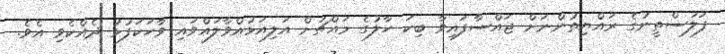
ފަލަސްތީނުގެ ރައްޔިތުންނަށް ޖައްސާފައިވާ ބިކަ ހާލުގެ މައްޗަށް އަލިއަޅުއްވާލައްވައި ވާހަކަފުޅު ދެއްކެވި އެވެ.